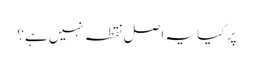
پر کیا یہ اصل نقطہ نہیں ہے؟